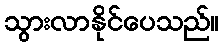
သွားလာနိုင်ပေသည်။